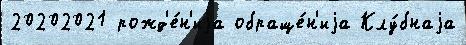
20202021 рожд'е́н'иjа обраще́н'иjа Клу́бнаjа